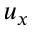
u _ { x }